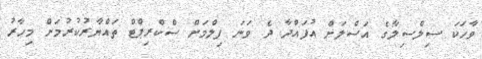
ވާހަކަ ސިލްސިލާގެ އަސްލަށް އުފައްދާ ދެ ވަނަ ފިލްމަށް ސްކްރިޕްޓް ތައްޔާރުކުރުމަށް މިހާރު